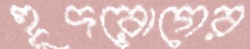
হূদরোগের